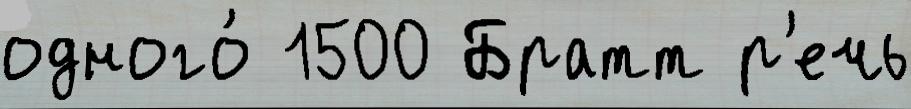
одного́ 1500 Братт р'ечь